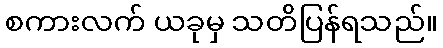
စကားလက် ယခုမှ သတိပြန်ရသည်။